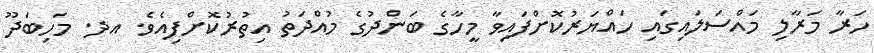
ހަރާ މަރާލި މައްސަލައިގައި ހައްޔަރުކޮށްފައިވާ މީހާގެ ބަންދުގެ މުއްދަތު އިތުރުކޮށްފިއެވެ. އދ. މަހިބަދޫ